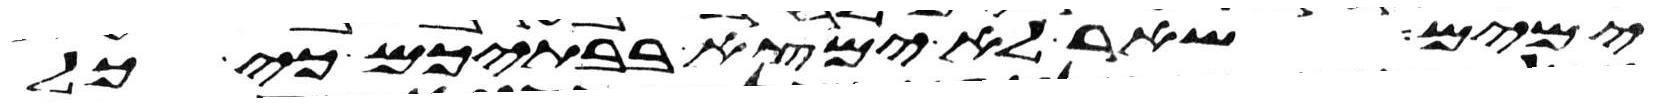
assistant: ימים שאר לא ימצא בבתיכם כי כל